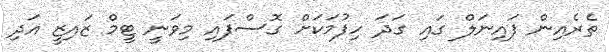
ތެރެއިން ފައިނަލް ގައި ގަދަ ހިފުމަކަށް ގޮސްފައި މިވަނީ ޓީމް ޒައިޒީ އަދި